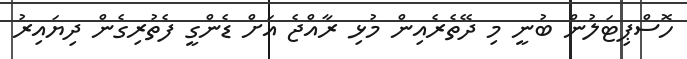
ހޮސްޕިޓަލުން ބުނީ މި ދޭތެރެއިން މުޅި ރާއްޖެ އަށް ޑެންގީ ފެތުރިގެން ދިޔައިރު